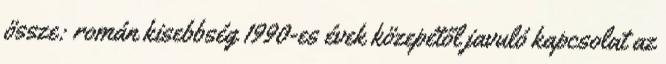
össze: román kisebbség 1990-es évek közepétől javuló kapcsolat az